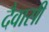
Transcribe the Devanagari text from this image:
दैवासी